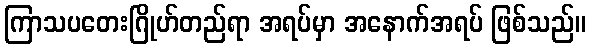
ကြာသပတေးဂြိုဟ်တည်ရာ အရပ်မှာ အနောက်အရပ် ဖြစ်သည်။